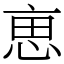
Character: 𠅤